Scientific memoirs by medical officers of the Army of India - Part X,
Year: 1897
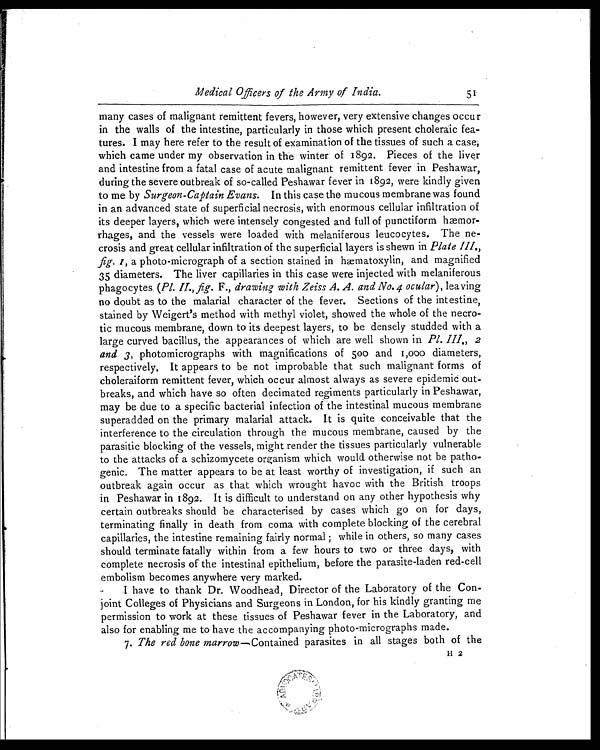
Medical Officers of the Army of India.
51
many cases of malignant remittent fevers, however, very extensive changes occur
in the walls of the intestine, particularly in those which present choleraic fea-
t u r e s . I m a y h e r e r e f e r t o t h e r e s u l t o f e x a m i n a t i o n o f t h e t i s s u e s o f s u c h a c a s e ,
which came under my observation in the winter of 1892. Pieces of the liver
and intestine from a fatal case of acute malignant remittent fever in Peshawar,
during the severe outbreak of so-called Peshawar fever in 1892, were kindly given
to me by Surgeon-Captain Evans. In this case the mucous membrane was found
in an advanced state of superficial necrosis, with enormous cellular infiltration of
its deeper layers, which were intensely congested and full of punctiform hæmor-
rhages, and the vessels were loaded with melaniferous leucocytes. The ne-
crosis and great cellular infiltration of the superficial layers is shewn in Plate III.,
fig. 1, a p h o t o - m i c r o g r a p h o f a s e c t i o n s t a i n e d i n h æ m a t o x y l i n , a n d m a g n i f i e d
35 diameters. The liver capillaries in this case were injected with melaniferous
phagocytes ( Pl. II., fig. F., drawing with Zeiss A. A. and No.4 ocular ), leaving
no doubt as to the malarial character of the fever. Sections of the intestine,
stained by Weigert's method with methyl violet, showed the whole of the necro-
tic mucous membrane, down to its deepest layers, to be densely studded with a
large curved bacillus, the appearances of which are well shown in Pl. III,, 2
and 3, photomicrographs with magnifications of 500 and 1,000 diameters,
respectively, It appears to be not improbable that such malignant forms of
choleraiform remittent fever, which occur almost always as severe epidemic out-
breaks, and which have so often decimated regiments particularly in Peshawar,
may be due to a specific bacterial infection of the intestinal mucous membrane
superadded on the primary malarial attack. It is quite conceivable that the
interference to the circulation through the mucous membrane, caused by the
parasitic blocking of the vessels, might render the tissues particularly vulnerable
to the attacks of a schizomycete organism which would otherwise not be patho-
genic. The matter appears to be at least worthy of investigation, if such an
outbreak again occur as that which wrought havoc with the British troops
in Peshawar in 1892. It is difficult to understand on any other hypothesis why
certain outbreaks should be characterised by cases which go on for days,
terminating finally in death from coma with complete blocking of the cerebral
capillaries, the intestine remaining fairly normal while in others, so many cases
should terminate fatally within from a few hours to two or three days, with
complete necrosis of the intestinal epithelium, before the parasite-laden red-cell
embolism becomes anywhere very marked.
I have to thank Dr. Woodhead, Director of the Laboratory of the Con-
joint Colleges of Physicians and Surgeons in London, for his kindly granting me
permission to work at these tissues of Peshawar fever in the Laboratory, and
also for enabling me to have the accompanying photo-micrographs made.
7. The red bone marrow —Contained parasites in all stages both of the
H 2